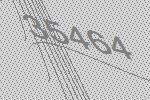
35464